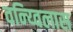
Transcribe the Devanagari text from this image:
वन्य्विलास